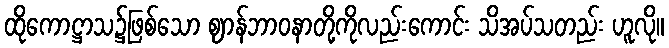
ထိုကောဋ္ဌာသ၌ဖြစ်သော ဈာန်ဘာဝနာတို့ကိုလည်းကောင်း သိအပ်သတည်း ဟူလို။